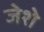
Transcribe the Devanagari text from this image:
जेशे